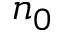
n _ { 0 }